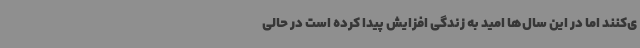
ی‌کنند اما در این سال‌ها امید به زندگی افزایش پیدا کرده است در حالی